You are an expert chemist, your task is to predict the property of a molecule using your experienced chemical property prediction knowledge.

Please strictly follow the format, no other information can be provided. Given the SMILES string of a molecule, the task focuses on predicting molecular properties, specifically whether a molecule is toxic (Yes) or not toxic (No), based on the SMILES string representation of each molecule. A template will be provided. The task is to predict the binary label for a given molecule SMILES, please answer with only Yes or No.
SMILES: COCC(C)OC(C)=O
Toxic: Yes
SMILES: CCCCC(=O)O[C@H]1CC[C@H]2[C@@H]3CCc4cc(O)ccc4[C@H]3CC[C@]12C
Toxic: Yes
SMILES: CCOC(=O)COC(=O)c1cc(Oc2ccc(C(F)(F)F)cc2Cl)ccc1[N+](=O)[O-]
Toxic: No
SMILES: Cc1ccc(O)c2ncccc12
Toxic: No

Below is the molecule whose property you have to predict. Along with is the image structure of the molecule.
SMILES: Cn1nc(N)c2cn([C@@H]3O[C@H](CO)[C@@H](O)[C@H]3O)c3ncnc1c23
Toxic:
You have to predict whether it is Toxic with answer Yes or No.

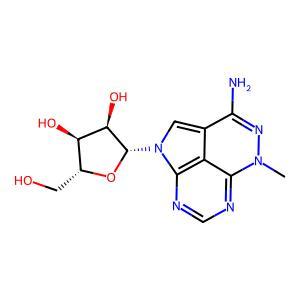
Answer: No